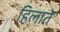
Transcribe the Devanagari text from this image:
हिलाते